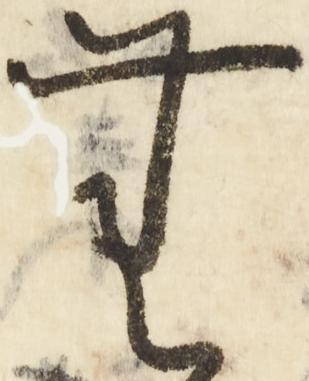
無